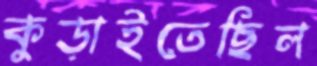
কুড়াইতেছিল